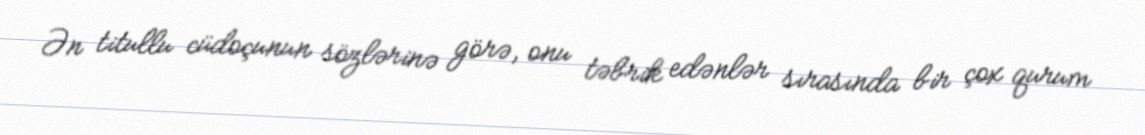
Ən titullu cüdoçunun sözlərinə görə, onu təbrik edənlər sırasında bir çox qurum